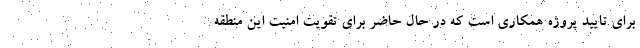
برای تایید پروژه همکاری است که در حال حاضر برای تقویت امنیت این منطقه